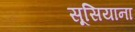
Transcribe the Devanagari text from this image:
सूसियाना